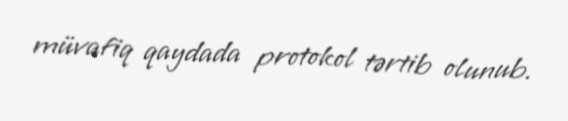
müvafiq qaydada protokol tərtib olunub.